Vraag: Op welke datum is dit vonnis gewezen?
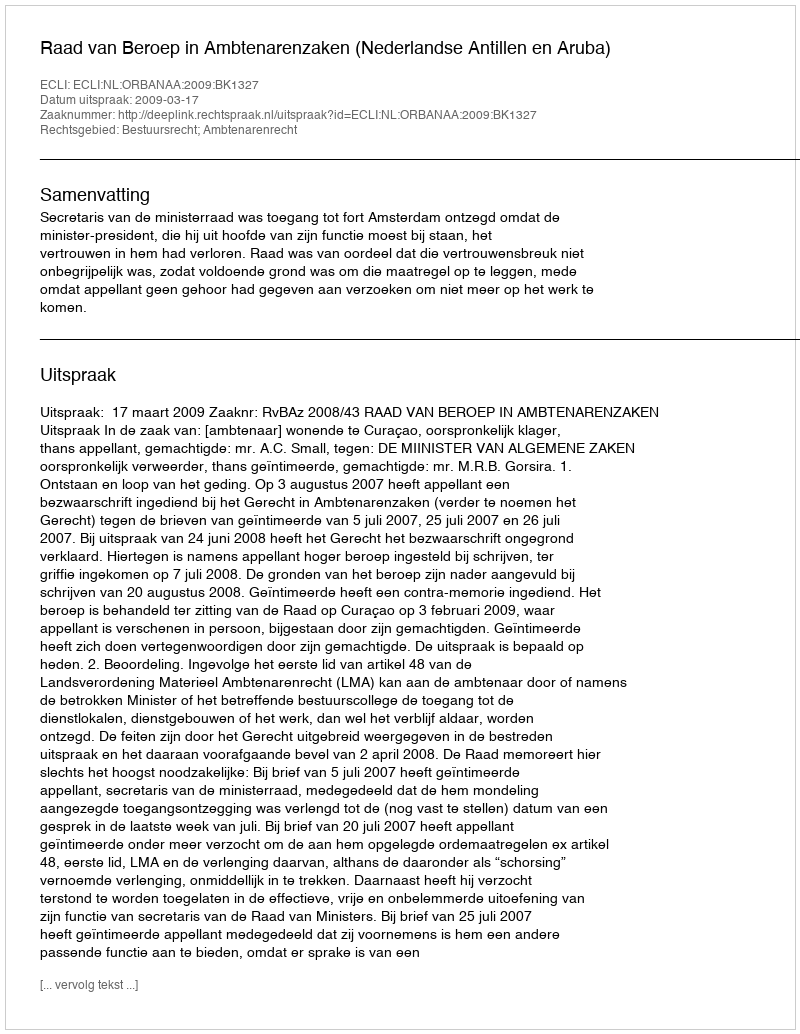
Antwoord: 2009-03-17